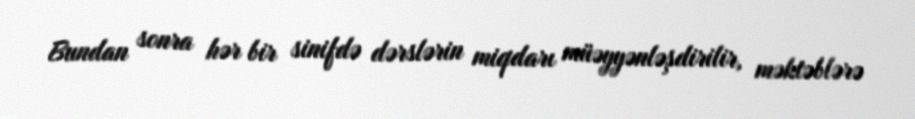
Bundan sonra hər bir sinifdə dərslərin miqdarı müəyyənləşdirilir, məktəblərə